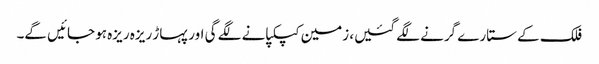
فلک کے ستارے گرنے لگے گئیں، زمین کپکپانے لگے گی اور پہاڑ ریزہ ریزہ ہو جائیں گے۔